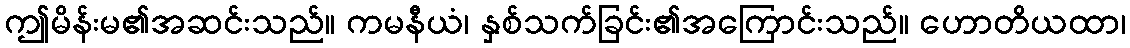
ဤမိန်းမ၏အဆင်းသည်။ ကမနီယံ၊ နှစ်သက်ခြင်း၏အကြောင်းသည်။ ဟောတိယထာ၊